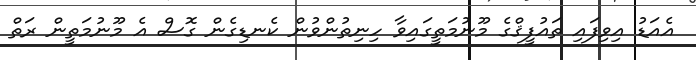
އެއަޑު އިވިފައި ތައުފީޤްގެ މޫނުމަތީގައިވާ ހިނިތުންވުން ކެނޑިގެން ގޮސް އެ މޫނުމަތީން ރަތް